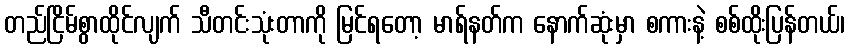
တည်ငြိမ်စွာထိုင်လျက် သီတင်းသုံးတာကို မြင်ရတော့ မာရ်နတ်က နောက်ဆုံးမှာ စကားနဲ့ စစ်ထိုးပြန်တယ်၊